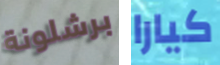
برشلونة كيارا